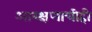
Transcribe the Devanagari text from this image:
आरक्षणाचीही